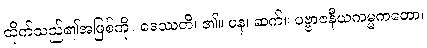
ထိုက်သည်၏အဖြစ်ကို။ ဒေဿတိ၊ ၏။ ပန၊ ဆက်။ ပဗ္ဗာဇနီယကမ္မကတော၊